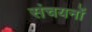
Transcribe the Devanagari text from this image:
संचयनों